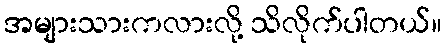
အများသားကလားလို့ သိလိုက်ပါတယ်။